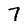
Character: 7